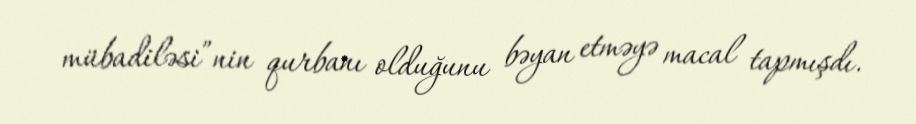
mübadiləsi”nin qurbanı olduğunu bəyan etməyə macal tapmışdı.